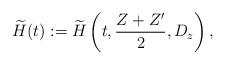
LaTeX: \begin{align*} \widetilde{H}(t) := \widetilde{H}\left(t,\frac{Z+Z'}{2},D_z\right), \end{align*}